system: You are a helpful assistant.
user:
Analyze the provided spectrum to determine if it is a **White Dwarf (WD)**.

A White Dwarf spectrum is defined by its **extreme purity** (due to gravitational settling) and/or **extreme pressure broadening** (due to high surface gravity). You must check for one of the following mutually exclusive signatures:

- **Key Visual Indicators (Check for ONE of these types):**

    - **1. DA-Type Signature (Most Common):**
        - **(Primary Feature):** Extreme pressure broadening (Stark broadening) of the **Hydrogen (H) Balmer lines**.
        - **(Key Lines):** $H\beta$ (approx. $4861$ Å) and $H\gamma$ (approx. $4340$ Å). $H\alpha$ (approx. $6563$ Å) will also be present if the wavelength range covers it.
        - **(Line Profile):** This is the **defining feature**. The lines are **NOT** sharp. They appear as massive, **extremely broad and deep "troughs" or "dips"** in the spectrum, often hundreds of Ångströms wide. The continuum will appear to "scoop" down at these wavelengths.
        - **(Distinction):** Normal A-type or B-type stars have *narrow* and *sharp* Hydrogen lines. A DA White Dwarf's lines are unmistakably "smeared" or "blurry" from pressure.

    - **2. DB-Type Signature:**
        - **(Primary Feature):** Broad absorption lines from **Neutral Helium (He I)**. The spectrum must lack any visible Hydrogen lines.
        - **(Key Lines):** Look for broad absorption near $4471$ Å, $4921$ Å, and $5876$ Å.
        - **(Line Profile):** These lines are also significantly pressure-broadened, appearing much wider than they would in a normal B-type main-sequence star.

    - **3. DC-Type Signature:**
        - **(Primary Feature):** A **featureless continuous spectrum**.
        - **(Line Profile):** The spectrum is a smooth curve with **no significant absorption or emission lines**.
        - **(Key Confirmation):** The continuum is almost always **blue or white**, indicating a hot object. This signature implies the atmosphere is so pure (or so cool) that no spectral lines are visible in the optical range. Its WD identity is confirmed by its extremely low intrinsic brightness (high absolute magnitude).

    - **4. DZ-Type Signature (Metal-Polluted):**
        - **(Primary Feature):** **Isolated, narrow metal absorption lines** on an otherwise featureless (DC-like) continuum.
        - **(Key Lines):** The **Calcium (Ca II) H & K doublet** (approx. **$3934$ Å** and **$3968$ Å**) is the most common and defining feature.
        - **(Line Profile):** These lines are "out of place." They are *not* part of a "forest" of thousands of lines. This signature is evidence of recent *accretion* (pollution) from rocky debris.
        - **(Distinction):** Normal G/K/M stars have a *dense forest* of thousands of metal lines. A DZ has a *clean* continuum with *only a few* strong metal lines.

    - **5. DQ-Type Signature (Carbon-Polluted):**
        - **(Primary Feature):** Absorption bands from **Carbon (C₂ "Swan Bands" or atomic C I)**.
        - **(Key Lines - C₂):** Look for bandheads with a "saw-tooth" shape near $5635$ Å, **$5165$ Å** (strongest), and $4737$ Å.
        - **(Key Confirmation):** The underlying **continuum must be blue or white** (hot).
        - **(Distinction):** This is the critical difference from a **Carbon Star**, which has the *exact same* C₂ bands but on an extremely **red, cool** continuum.

- **(Overall Spectrum):**
    - The continuum (overall shape) is typically **blue-sloping** (brighter in the blue than the red), as most white dwarfs are very hot.
    - The spectrum will look "pure" or "simple," dominated by only *one* of the five signatures listed above.

Think first, call **spectral_visualization_tool** if needed to examine features in detail, then provide your final answer. Your response must adhere to the following strict rules:
1.  **Overall Structure:** Your response must follow the format `<think>...</think> <tool_call>...</tool_call> (if a tool is used) <answer>...</answer>`.
2.  **Tool Usage Constraint:** You may only make **one** tool call per turn.
3.  **Final Answer Format:** In the `<answer>` tag, your conclusion must be inside a `\boxed{}` command (e.g., `\boxed{YES}` or `\boxed{NO}`), followed by your justification.

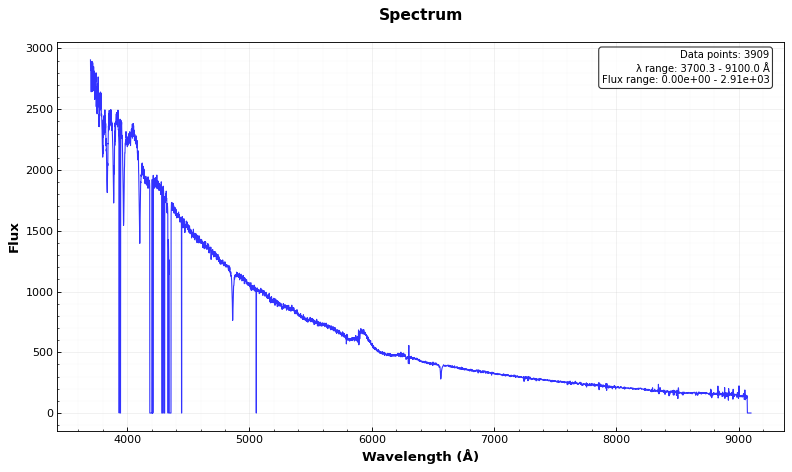
Answer: NO